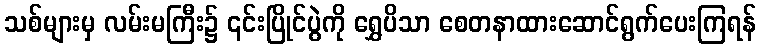
သစ်များမှ လမ်းမကြီး၌ ၎င်းပြိုင်ပွဲကို ရွှေပိသာ စေတနာထားဆောင်ရွက်ပေးကြရန်